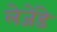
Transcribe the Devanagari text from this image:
लेजेंडे